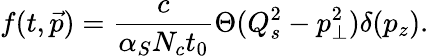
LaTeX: f(t,\vec{p})=\frac{c}{\alpha_{S}N_{c}t_{0}}\Theta(Q_{s}^{2}-p_{\bot}^{2})\delta(p_{z}).